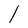
Character: l